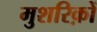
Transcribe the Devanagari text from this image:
मुशरिक़ों